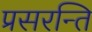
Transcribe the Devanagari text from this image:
प्रसरन्ति